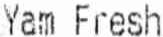
YAM FRESH